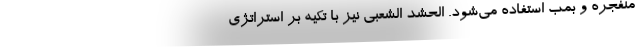
منفجره و بمب استفاده می‌شود. الحشد الشعبی نیز با تکیه بر استراتژی